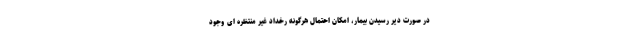
در صورت دیر رسیدن بیمار، امکان احتمال هرگونه رخداد غیر منتظره ای وجود